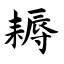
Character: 耨